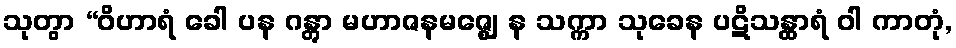
သုတွာ “ဝိဟာရံ ခေါ ပန ဂန္တွာ မဟာဇနမဇ္ဈေ န သက္ကာ သုခေန ပဋိသန္ထာရံ ဝါ ကာတုံ,